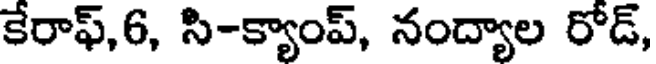
కేరాఫ్,6, సి-క్యాంప్, నంద్యాల రోడ్,